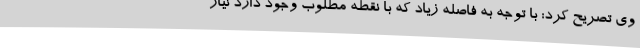
وی تصریح کرد: با توجه به فاصله زیاد که با نقطه مطلوب وجود دارد نیاز